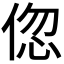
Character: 𬾠